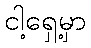
ငါ့ရှေ့မှာ